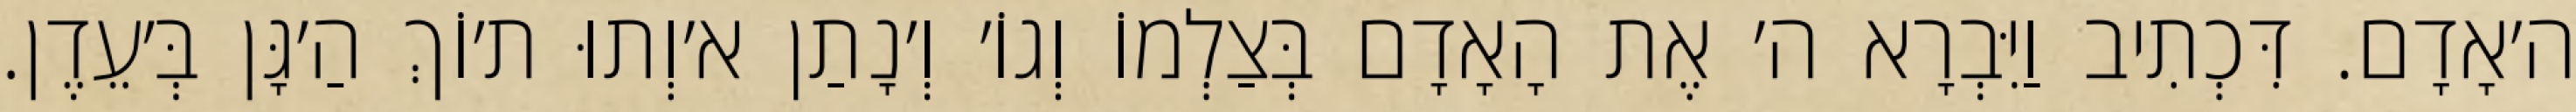
ה׳אָדָם. דִּכְתִיב וַיִּבְרָא ה׳ אֶת הָאָדָם בְּצַלְמוֹ וְגוֹ׳ וְ׳נָתַן א׳וְתוּ ת׳וֹךְ הַ׳גָּן בְּ׳עֵדֶן.